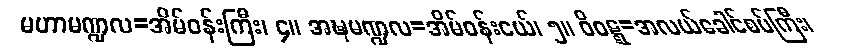
မဟာမဏ္ဍလ=အိမ်ဝန်းကြီး၊ ၄။ အဍ္ဎမဏ္ဍလ=အိမ်ဝန်းငယ်၊ ၅။ ဝိဝဋ္ဋ=အလယ်ခေါင်စပ်ကြီး၊